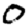
Digit: 0